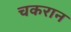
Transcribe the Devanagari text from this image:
चकरान